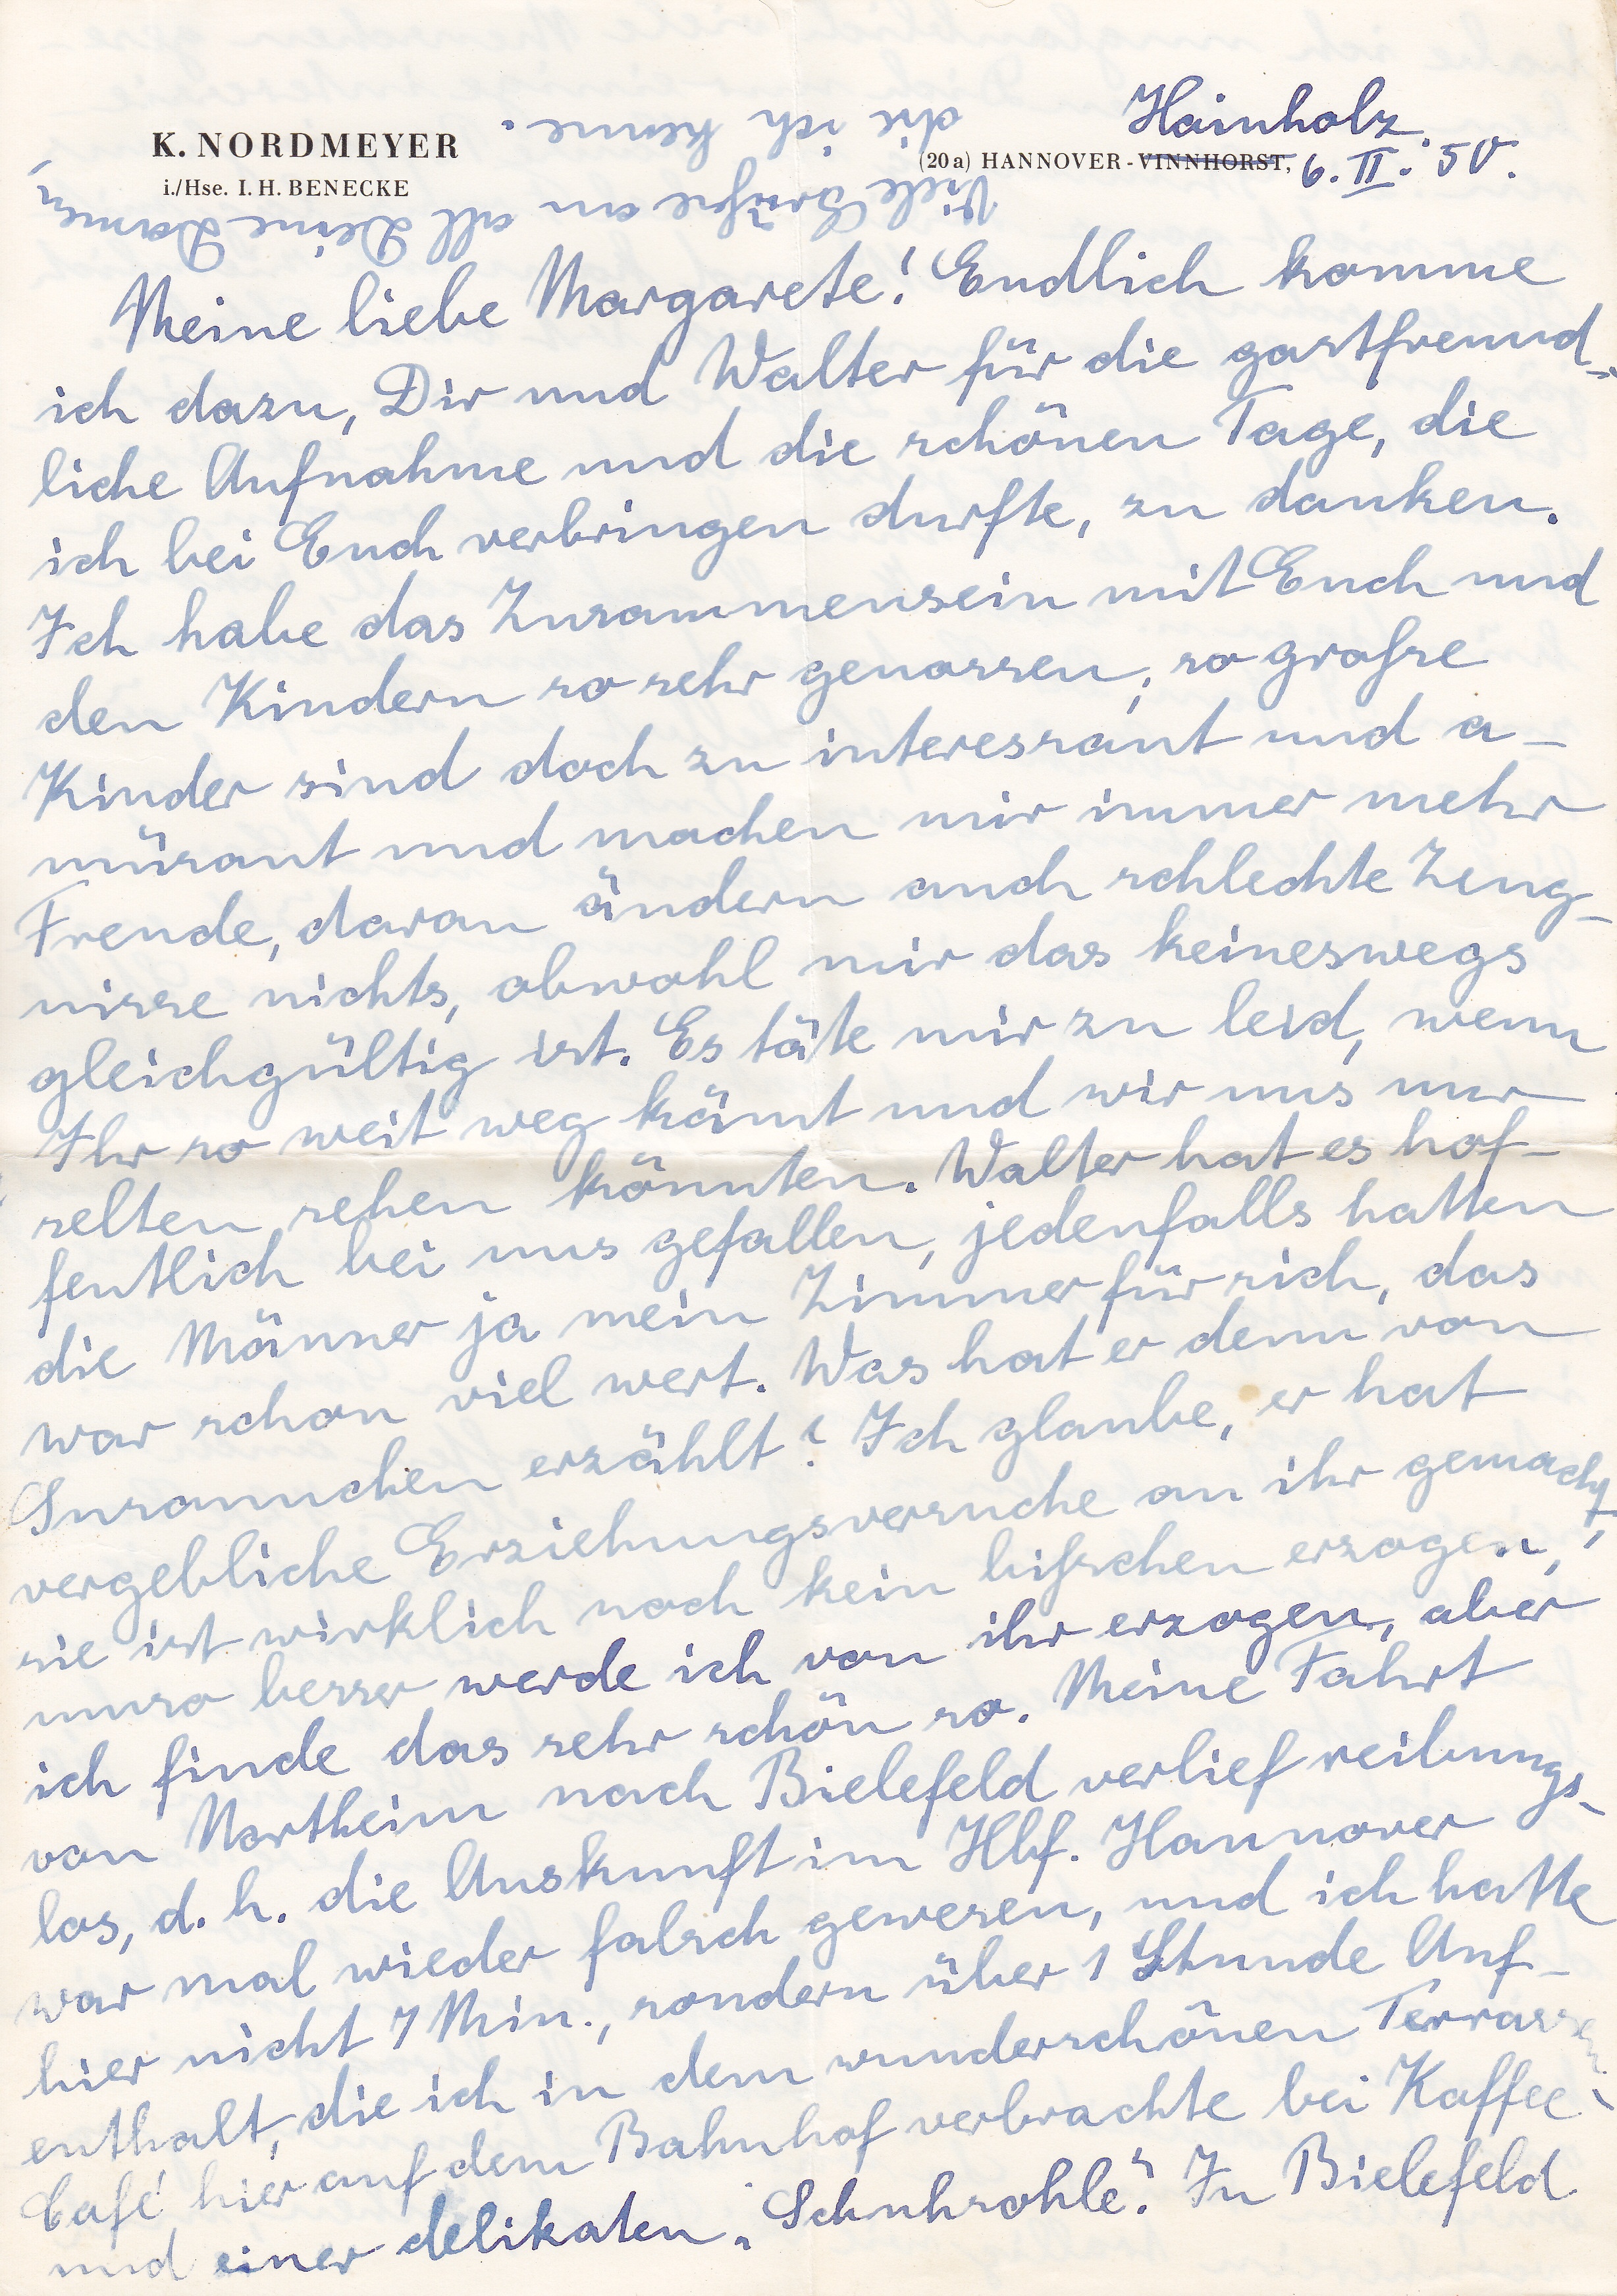
Hainholz
Meine liebe Margarete! Endlich komme
ich dazu, Dir und Walter für die gastfreund
liche Aufnahme und die schönen Tage, die
ich bei Euch verbringen durfte, zu danken.
Ich habe das Zusammensein mit Euch und
den Kindern so sehr genossen, so große
Kinder sind doch zu interessant und a
müsant und machen mir immer mehr
Freude, daran ändern auch schlechte Zeug
nisse nichts, obwohl mir das keineswegs
gleichgültig ist. Es täte mir zu leid, wenn
Ihr so weit weg kämt und wir uns nur
selten sehen könnten. Walter hat es hof
fentlich bei uns gefallen, jedenfalls hatten
die Männer ja mein Zimmer für mich, das
war schon viel wert. Was hat er denn von
Susannchen erzählt? Ich glaube, er hat
vergebliche Erziehungsversuche an ihr gemach
sie ist wirklich noch kein bißchen erzogen!
immer besser werde ich von ihr erzogen, aber
ich finde das sehr schön so. Meine Fahrt
von northeim nach Bielefeld verlief reibung
los, d.h. die Auskunft im Hbf. Hannover
war mal wieder falsch gewesen, und ich hatte
hier nicht 7 Min., sondern über 1 Stunde Auf
enthalt, die ich in dem wunderschönen Terras
Cafe hier auf dem Bahnhof verbrachte bei Kaffee
und einer delikaten Schuhsohle. In Bielefeld